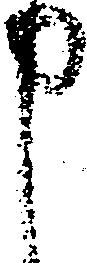
申